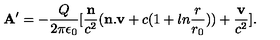
{ \bf A } ^ { \prime } = - { \frac { Q } { 2 \pi \epsilon _ { 0 } } } [ { \frac { \bf n } { c ^ { 2 } } } ( { \bf n . v } + c ( 1 + l n { \frac { r } { r _ { 0 } } } ) ) + { \frac { \bf v } { c ^ { 2 } } } ] .